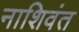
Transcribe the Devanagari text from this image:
नाशिवंत